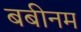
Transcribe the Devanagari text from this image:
बबीनम